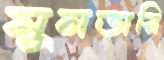
মুনতারি